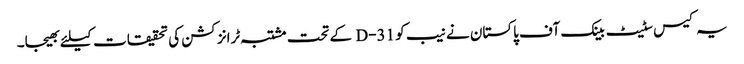
یہ کیس سٹیٹ بینک آف پاکستان نے نیب کو 31-D کے تحت مشتبہ ٹرانزکشن کی تحقیقات کیلئے بھیجا۔